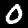
Digit: 0